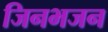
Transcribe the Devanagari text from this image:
जिनभजन